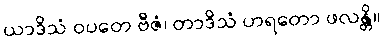
ယာဒိသံ ဝပတေ ဗီဇံ၊ တာဒိသံ ဟရတော ဖလန္တိ။